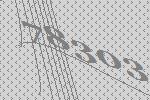
78303